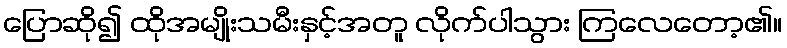
ပြောဆို၍ ထိုအမျိုးသမီးနှင့်အတူ လိုက်ပါသွား ကြလေတော့၏။